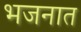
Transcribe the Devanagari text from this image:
भजनात